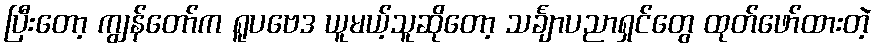
ပြီးတော့ ကျွန်တော်က ရူပဗေဒ ယူမယ့်သူဆိုတော့ သင်္ချာပညာရှင်တွေ ထုတ်ဖော်ထားတဲ့